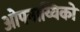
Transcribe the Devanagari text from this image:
ओपनाय्यिको